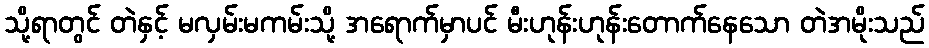
သို့ရာတွင် တဲနှင့် မလှမ်းမကမ်းသို့ အရောက်မှာပင် မီးဟုန်းဟုန်းတောက်နေသော တဲအမိုးသည်